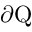
\partial \mathrm { Q }